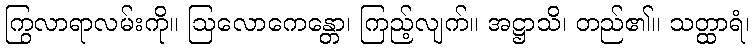
ကြွလာရာလမ်းကို။ ဩလောကေန္တော၊ ကြည့်လျက်။ အဋ္ဌာသိ၊ တည်၏။ သတ္ထာရံ၊